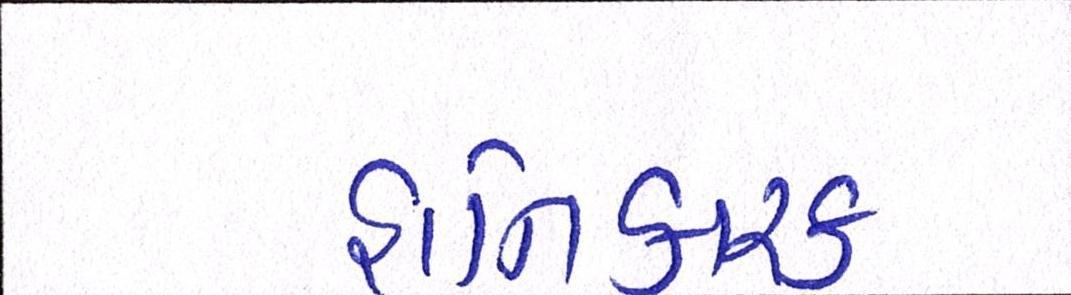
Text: હાનિકારક